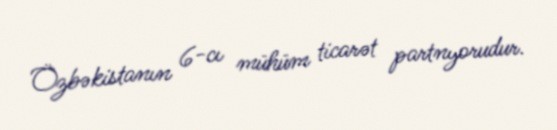
Özbəkistanın 6-cı mühüm ticarət partnyorudur.